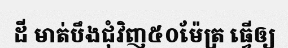
ដី មាត់បឹងជុំវិញ៥០ម៉ែត្រ ធ្វើឲ្យ